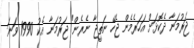
ޖަރުމަނާ ދެކޮޅަށް އަހަރެމެން ޖެހޭ ނަތީޖާ ނެރެން" ޖަރުމަނާ އެކު 1990 ވަނަ